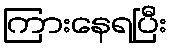
ကြားနေရပြီး